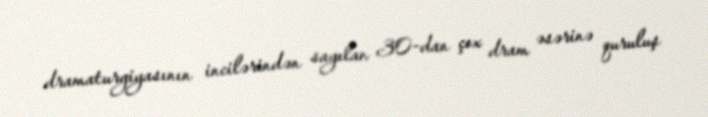
dramaturgiyasının incilərindən sayılan 30-dan çox dram əsərinə quruluş